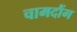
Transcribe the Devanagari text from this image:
चामदौंग